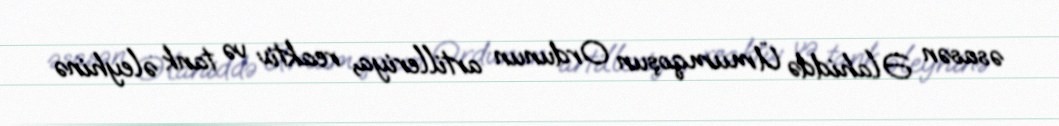
əsasən Əlahiddə Ümumqoşun Ordunun artilleriya, reaktiv və tank əleyhinə